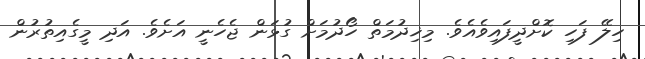
ހިލޭ ފަހި ކޮށްދީފައިވެއެވެ. މިޚިދުމަތް ހޯދުމަށް ގުޅަން ޖެހެނީ އަށެވެ. އަދި މީގެއިތުރުން